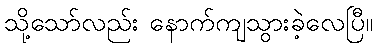
သို့သော်လည်း နောက်ကျသွားခဲ့လေပြီ။